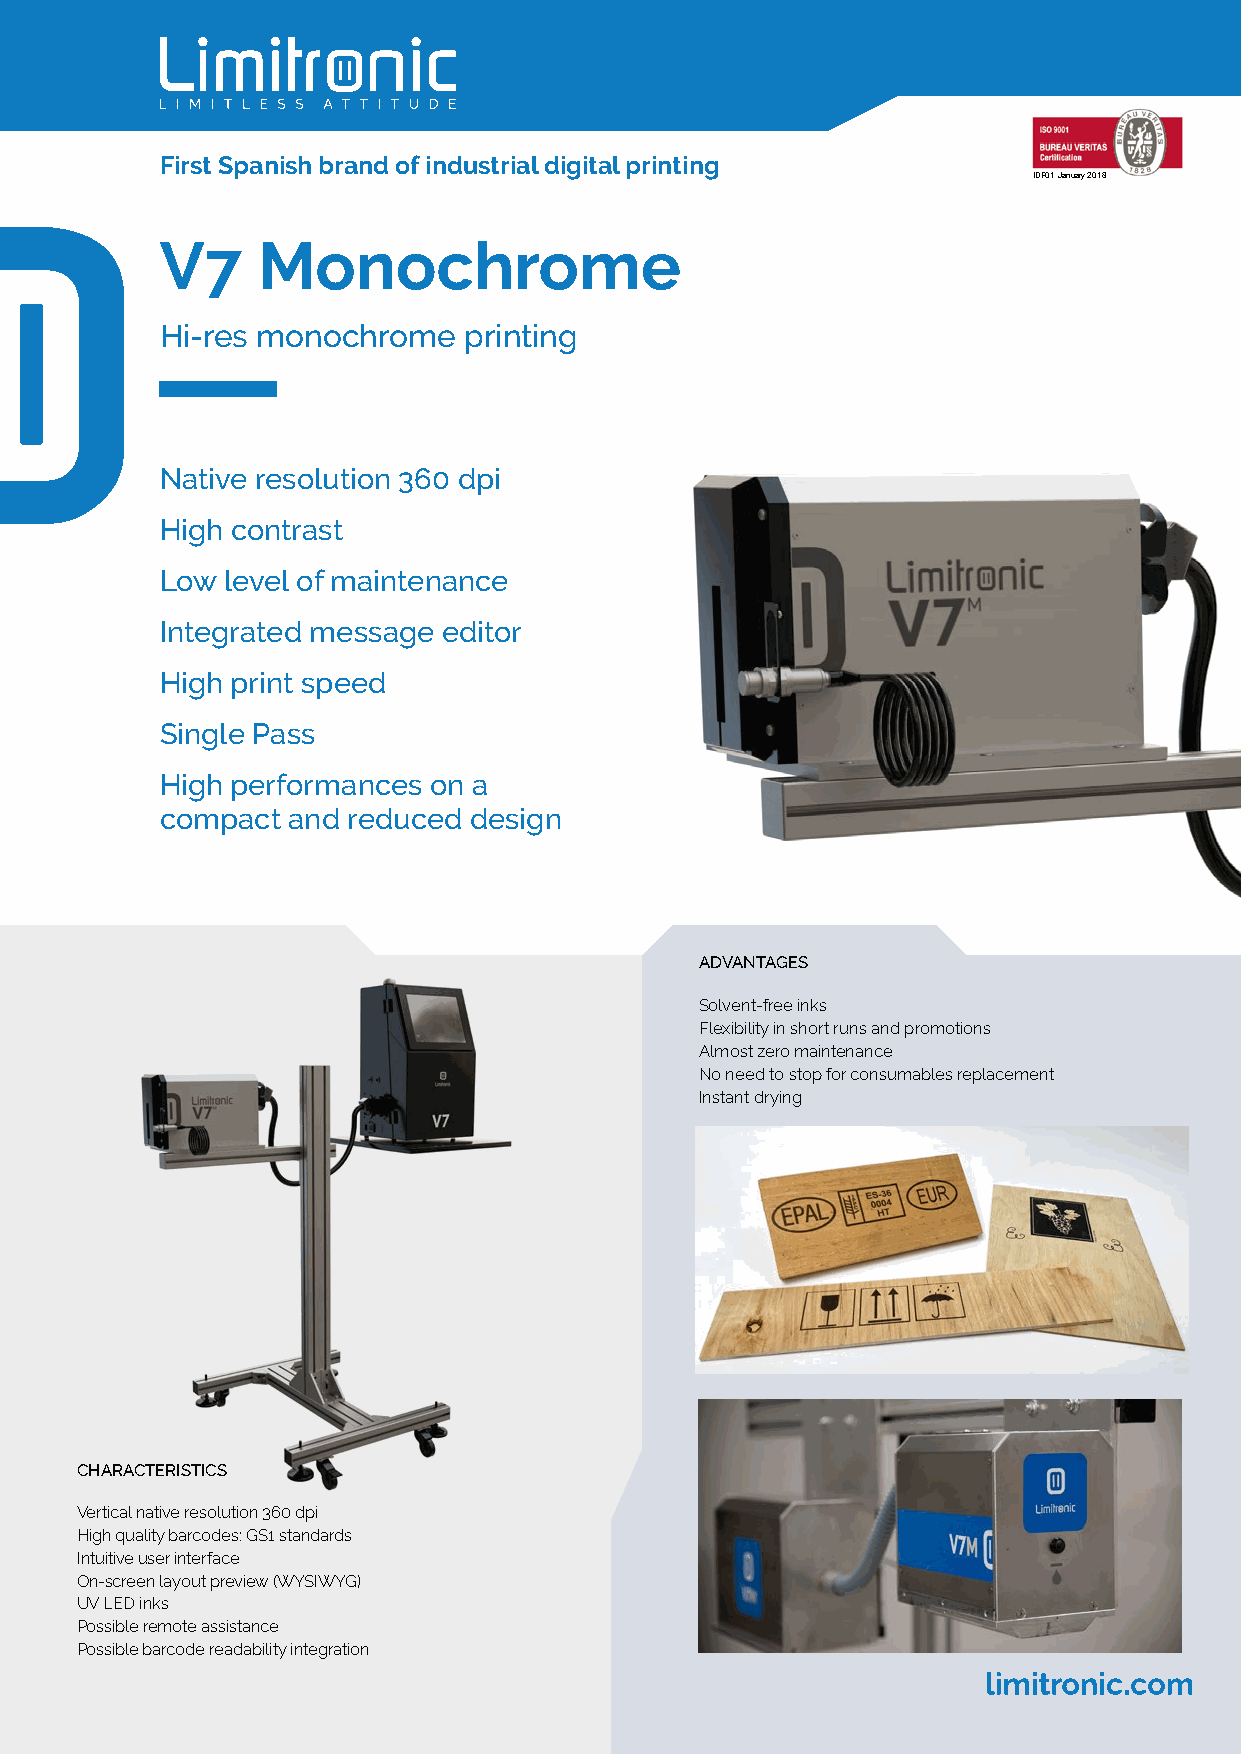
First Spanish brand of industrial digital printing
 IDF01 January 2018
 V7    Monochrome
 Hi-res monochrome   printing
 Native resolution 360 dpi
 High contrast
 Low level of maintenance
 Integrated message editor
 High print speed
 Single Pass
 High performances on a
 compact and reduced design
 ADVANTAGES
 Solvent-free inks
 Flexibility in short runs and promotions
 Almost zero maintenance
 No need to stop for consumables replacement
 Instant drying
 CHARACTERISTICS
 Vertical native resolution 360 dpi
 High quality barcodes: GS1 standards
 Intuitive user interface
 On-screen layout preview (WYSIWYG)
 UV LED inks
 Possible remote assistance
 Possible barcode readability integration